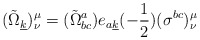
\begin{align*}({\tilde{\Omega}}_{\underline{k}})_{\nu}^{\mu}=({\tilde{\Omega}}^{a}_{bc})e_{a\underline{k}}(-{1\over2})(\sigma^{bc})_{\nu}^{\mu}\end{align*}